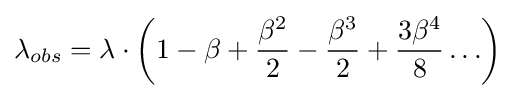
\lambda _{obs}=\lambda \cdot \left(1-\beta +{\frac {\beta ^{2}}{2}}-{\frac {\beta ^{3}}{2}}+{\frac {3\beta ^{4}}{8}}\ldots \right)